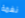
نغمة